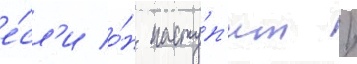
е́сл'и о́н насту́п'ит /